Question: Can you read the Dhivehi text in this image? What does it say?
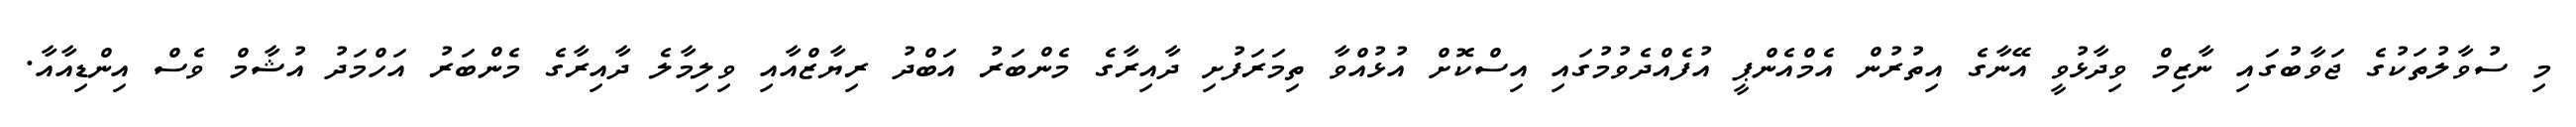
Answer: މި ސުވާލުތަކުގެ ޖަވާބުގައި ނާޒިމް ވިދާޅުވީ އޭނާގެ އިތުރުން އެމްއެންޕީ އުފެއްދެވުމުގައި އިސްކޮށް އުޅުއްވާ ތިމަރަފުށި ދާއިރާގެ މެންބަރު އަބްދު ރިޔާޒްއާއި ވިލިމާލެ ދާއިރާގެ މެންބަރު އަހްމަދު އުޝާމް ވެސް އިންޑިއާއާ.